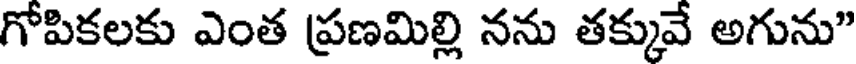
గోపికలకు ఎంత ప్రణమిల్లి నను తక్కువే అగును"